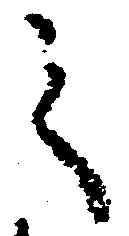
之